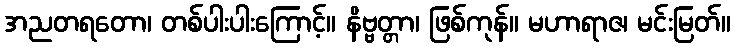
အညတရတော၊ တစ်ပါးပါးကြောင့်။ နိဗ္ဗတ္တာ၊ ဖြစ်ကုန်။ မဟာရာဇ၊ မင်းမြတ်။